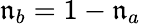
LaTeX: \mathfrak{n}_{b}=1-\mathfrak{n}_{a}